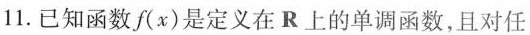
11.已知函数f(x)是定义在R上的单调函数，且对任